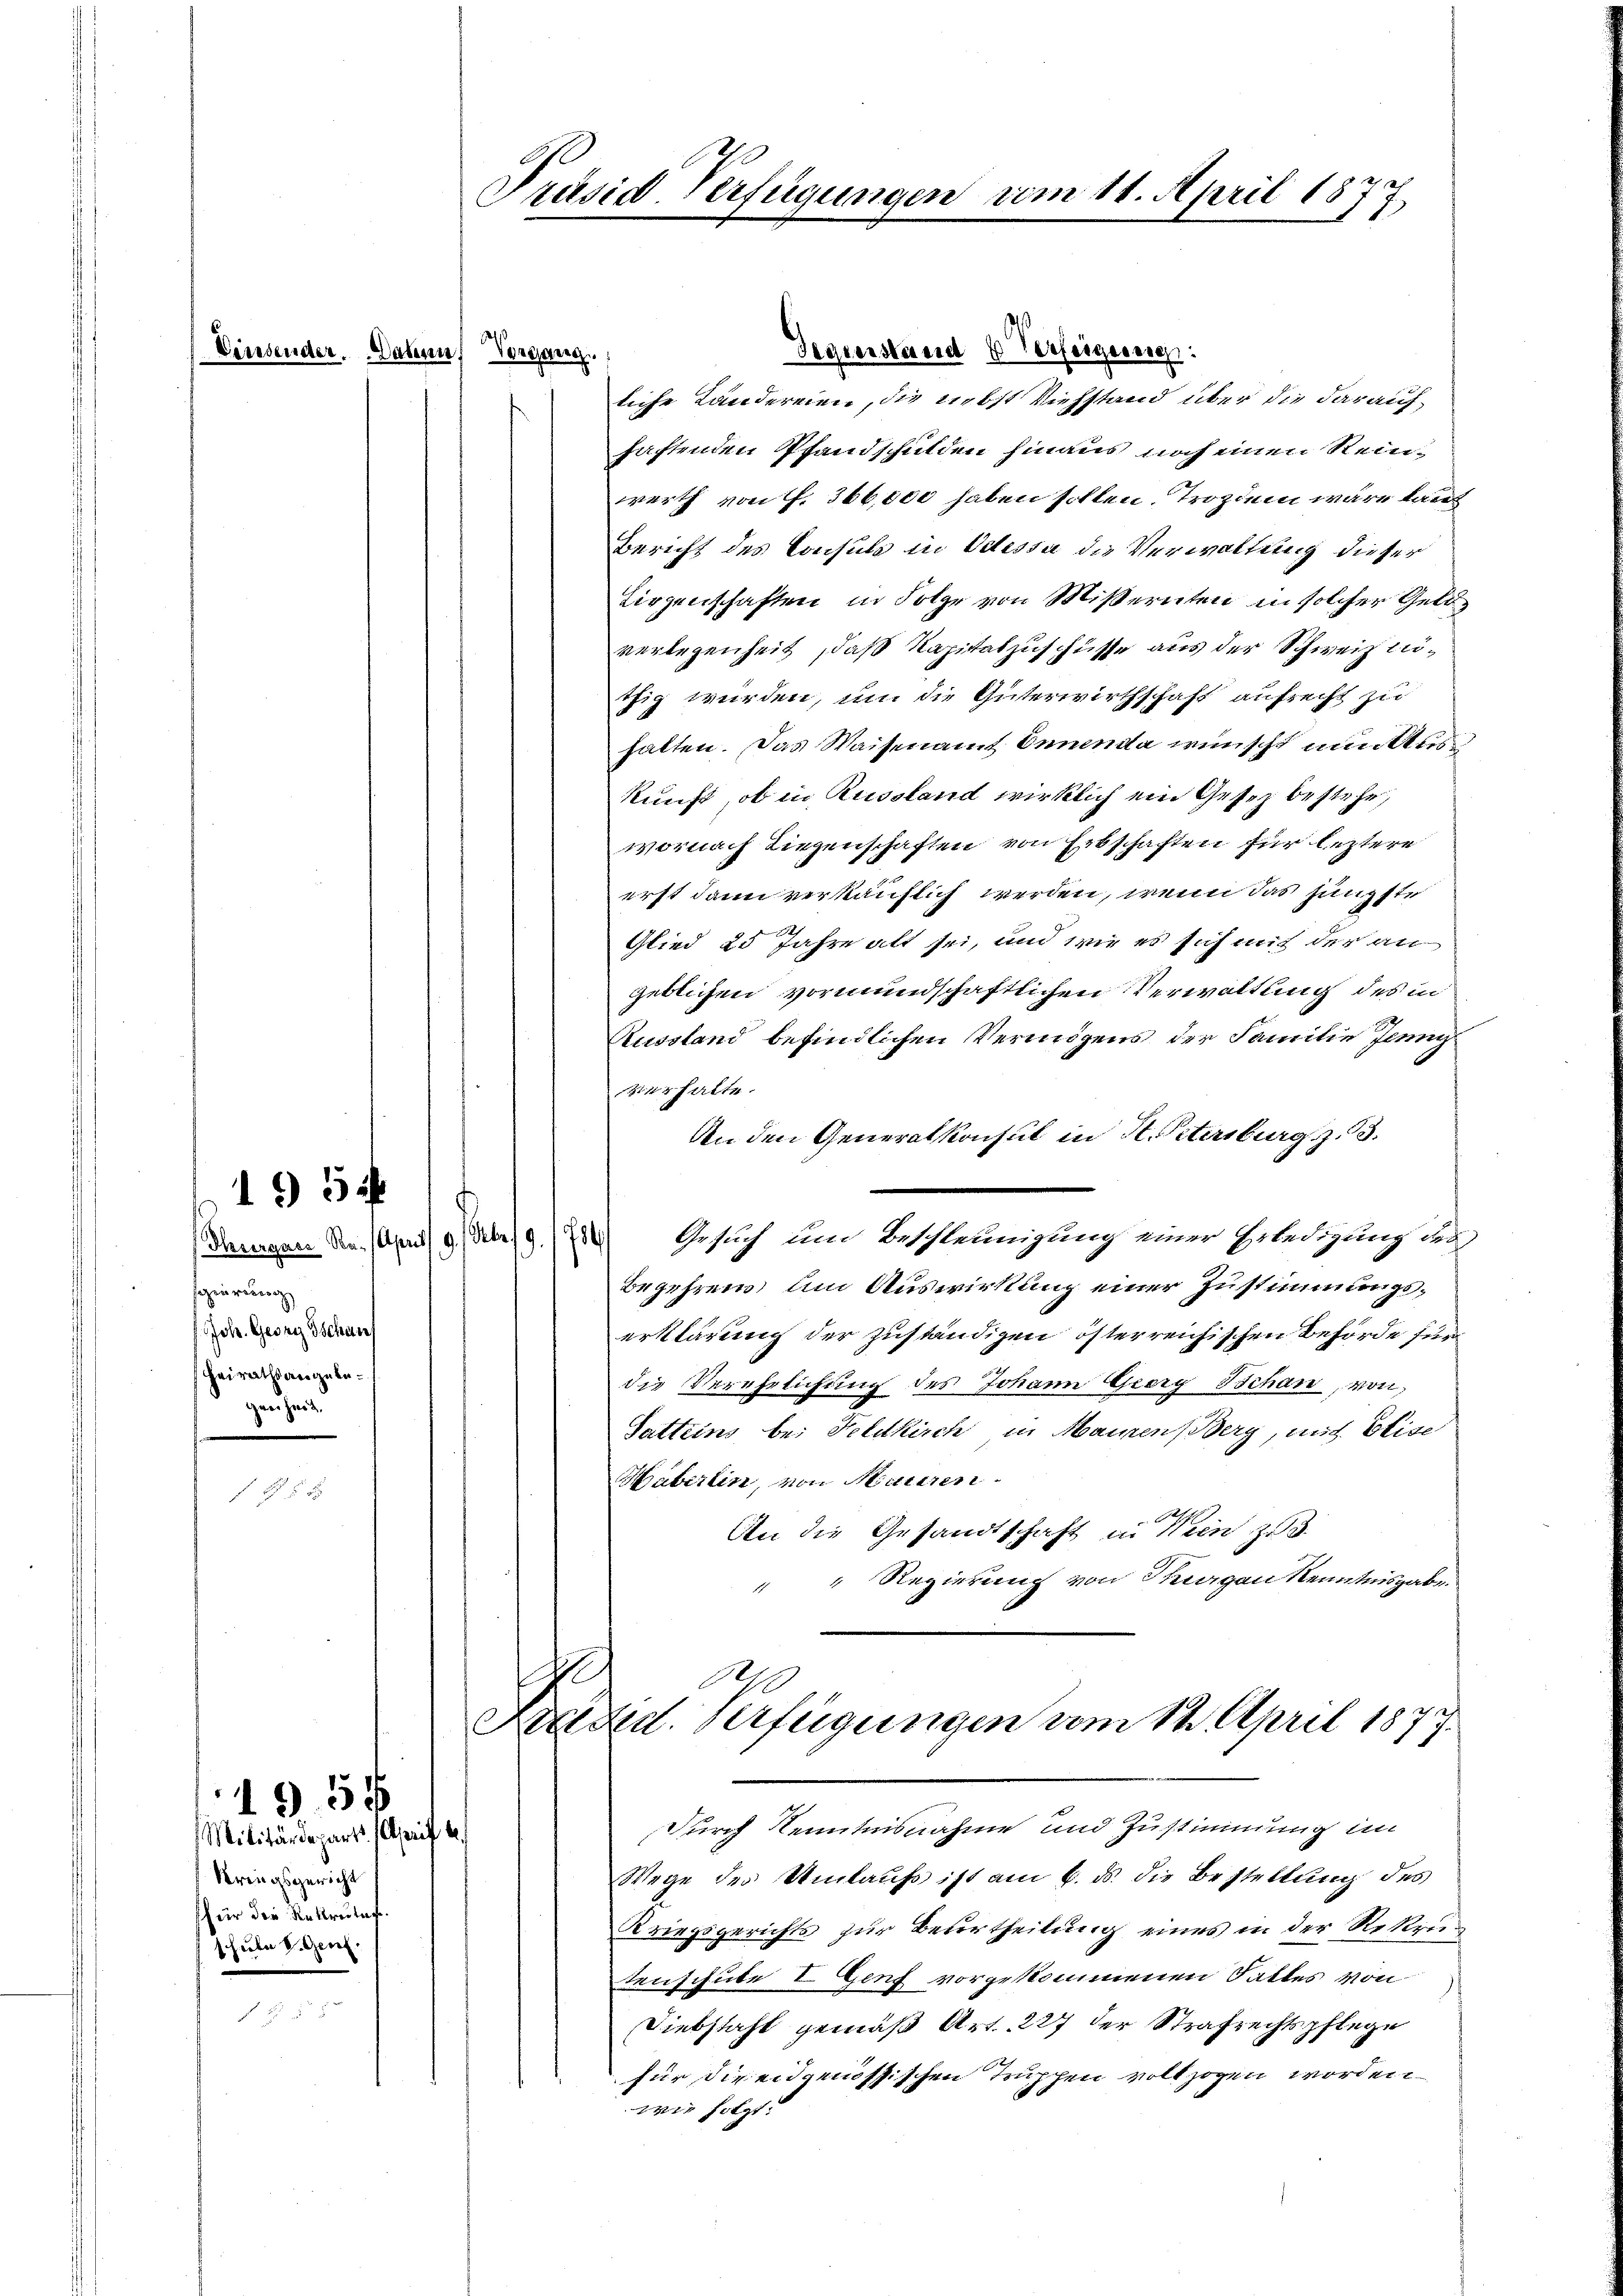
Einsender. Dahin, Vorgang

.
liche Ländereien, die nebst Viehstand über die daraufhaftenden Pfandschulden hinaus noch einen Steinwerth von ff. 366,000 haben sollen. Trozdem wäre kauf
Bericht des Consuls in Odessa die Verwaltung dieser
Lirgenschaften in Folge von Mißernten in solcher Geldverlegenheit, daß Kapitalzuschüsse aus der Schweiz lithig würden, um die Güterwirthschaft aufrecht zu
halten. Das Waisenamt Ennenda wünscht nun aus
kunft, ob in Russland wirklich ein Gesetz bestehe,
wornach Liegenschaften von Erbschaften für leztere
erst dann verkäuflich werden, wenn das jüngste
Glied 25 Jahre alt sei, und wie es sich mit der an
geblichen vormundschaftlichen Verwaltung des in
Aussland befindlichen Vermögens der Familie Jenny
szins halte.
An den Generalkonsul in H. Petersburg z. 13.
Derigen Ven. (April 1922) Gesuch um Beschleunigung einer Erledigung des
Begehren, um Auswirkung einer Zustimmungserklärung der zuständigen österreichischen Behörde für
die Verehrlichung des Johann Giery Bihan, von
Satteins bei Feldkirch in Mauren Berg, mit Elise
Haberein, von Miteren
An die Gesandtschaft in Wien zu d
" " Regierung von Sorgen Kenntnisgabe.
A
.
Kadd. Verfügungen vom 12. April 187

sagierung
Joh. Georg Tschan
Heirathsangebegenheit.

195 ff

Militärdepart. April 1
Kringsgericht
für die Rekrutaf.
schule v. Genf.

1955

Präsid-Verfügungen vom 11. April 1877

Gegierstand 6 Verfeigung:

Durch Kenntnisnahme und Zustimmung im
Wege des Umlaufs ist am 6. ds. die Bestellung des
Kriegsgerichts zur Betertheilung eines in der Rekrutenschute I Genf vorgekommenen Sattes von
Diebstahl gemäß Art. 227 der Strafrechtspflege
für die eidgenössischen Truphen vollzogen worden
wie holzt.